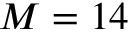
M = 1 4